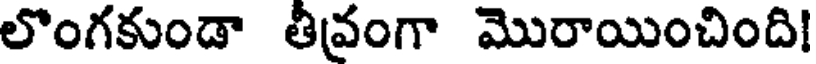
లొంగకుండా తీవ్రంగా మొరాయించింది!